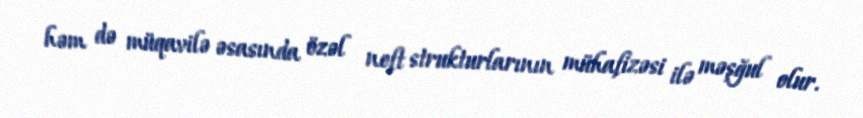
həm də müqavilə əsasında özəl neft strukturlarının mühafizəsi ilə məşğul olur.